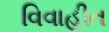
વિવાહીત